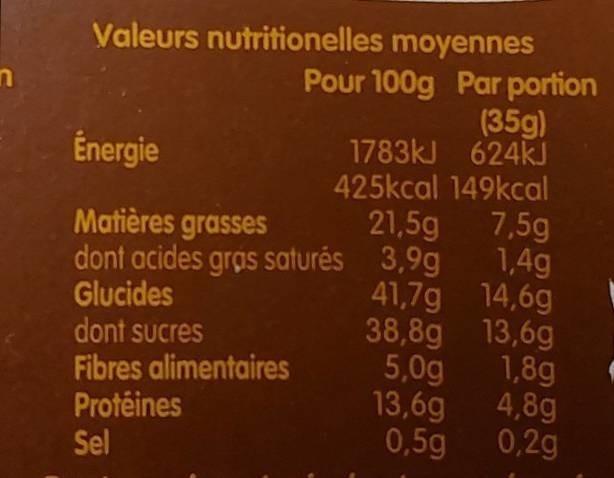
Valeurs nutritionelles moyennes
Pour 100g Par portion (35g) 1783kJ 624kJ 425kcal 149kcal 7,5g 1,4g 41,7g 14,6g 38,8g 13,6g 1,8g
Énergie
Matières grasses
21,5g
dont acides gras saturés 3,9g
Glucides dont sucres Fibres alimentaires Protéines Sel
5,0g
13,6g
4,8g
0,5g
0,2g